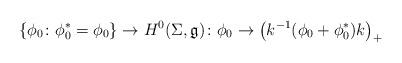
LaTeX: \begin{align*}\{\phi_0\colon \phi_0^*=\phi_0\}\to H^0(\Sigma,\mathfrak g)\colon \phi_0 \to \big(k^{-1}(\phi_0+\phi_0^*)k\big)_+\end{align*}